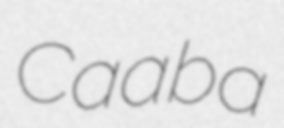
Caaba